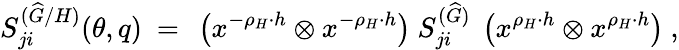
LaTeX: S_{ji}^{({\widehat G}/H)}(\theta,q)~=~\left(x^{-\rho_{H}\cdot h}\otimes x^{-\rho_{H}\cdot h}\right)~S_{ji}^{({\widehat G})}~\left(x^{\rho_{H}\cdot h}\otimes x^{\rho_{H}\cdot h}\right)\ ,